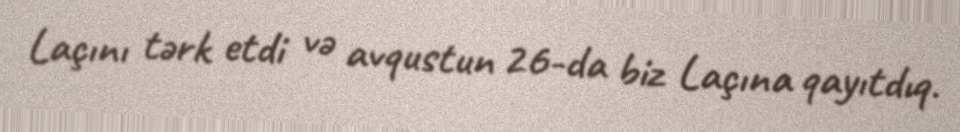
Laçını tərk etdi və avqustun 26-da biz Laçına qayıtdıq.